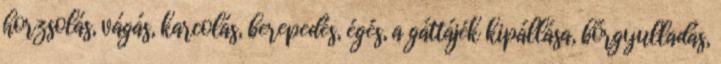
horzsolás, vágás, karcolás, berepedés, égés, a gáttájék kipállása, bőrgyulladás,